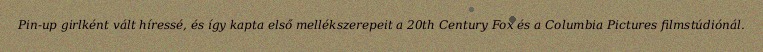
Pin-up girlként vált híressé, és így kapta első mellékszerepeit a 20th Century Fox és a Columbia Pictures filmstúdiónál.